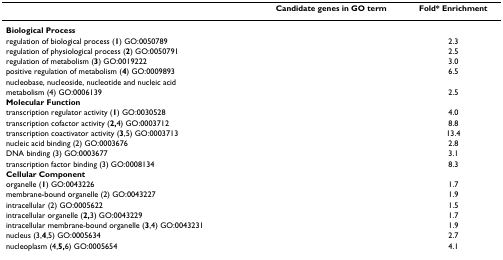
<table><thead><tr><td>[EMPTY_CELL]</td><td><b>Candidate genes in GO term</b></td><td><b>Fold* Enrichment</b></td></tr></thead><tbody><tr><td><b>Biological Process</b></td><td>[EMPTY_CELL]</td><td>[EMPTY_CELL]</td></tr><tr><td>regulation of biological process (<b>1</b>) GO:0050789</td><td>[EMPTY_CELL]</td><td>2.3</td></tr><tr><td>regulation of physiological process (<b>2</b>) GO:0050791</td><td>[EMPTY_CELL]</td><td>2.5</td></tr><tr><td>regulation of metabolism (<b>3</b>) GO:0019222</td><td>[EMPTY_CELL]</td><td>3.0</td></tr><tr><td>positive regulation of metabolism (<b>4</b>) GO:0009893</td><td>[EMPTY_CELL]</td><td>6.5</td></tr><tr><td>nucleobase, nucleoside, nucleotide and nucleic acid</td><td>[EMPTY_CELL]</td><td>[EMPTY_CELL]</td></tr><tr><td>metabolism (4) GO:0006139</td><td>[EMPTY_CELL]</td><td>2.5</td></tr><tr><td><b>Molecular Function</b></td><td>[EMPTY_CELL]</td><td>[EMPTY_CELL]</td></tr><tr><td>transcription regulator activity (<b>1</b>) GO:0030528</td><td>[EMPTY_CELL]</td><td>4.0</td></tr><tr><td>transcription cofactor activity (<b>2,</b>4) GO:0003712</td><td>[EMPTY_CELL]</td><td>8.8</td></tr><tr><td>transcription coactivator activity (<b>3</b>,5) GO:0003713</td><td>[EMPTY_CELL]</td><td>13.4</td></tr><tr><td>nucleic acid binding (2) GO:0003676</td><td>[EMPTY_CELL]</td><td>2.8</td></tr><tr><td>DNA binding (3) GO:0003677</td><td>[EMPTY_CELL]</td><td>3.1</td></tr><tr><td>transcription factor binding (3) GO:0008134</td><td>[EMPTY_CELL]</td><td>8.3</td></tr><tr><td><b>Cellular Component</b></td><td>[EMPTY_CELL]</td><td>[EMPTY_CELL]</td></tr><tr><td>organelle (<b>1</b>) GO:0043226</td><td>[EMPTY_CELL]</td><td>1.7</td></tr><tr><td>membrane-bound organelle (2) GO:0043227</td><td>[EMPTY_CELL]</td><td>1.9</td></tr><tr><td>intracellular (2) GO:0005622</td><td>[EMPTY_CELL]</td><td>1.5</td></tr><tr><td>intracellular organelle (<b>2,</b>3) GO:0043229</td><td>[EMPTY_CELL]</td><td>1.7</td></tr><tr><td>intracellular membrane-bound organelle (<b>3</b>,4) GO:0043231</td><td>[EMPTY_CELL]</td><td>1.9</td></tr><tr><td>nucleus (3,<b>4</b>,5) GO:0005634</td><td>[EMPTY_CELL]</td><td>2.7</td></tr><tr><td>nucleoplasm (4,<b>5,</b>6) GO:0005654</td><td>[EMPTY_CELL]</td><td>4.1</td></tr></tbody></table>